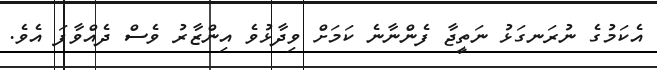
އެކަމުގެ ނުރަނގަޅު ނަތީޖާ ފެންނާނެ ކަމަށް ވިދާޅުވެ އިންޒާރު ވެސް ދެއްވާފަ އެވެ.